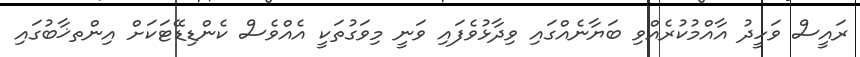
ރައީސް ވަހީދު އާއްމުކުރެއްވި ބަޔާނެއްގައި ވިދާޅުވެފައި ވަނީ މިވަގުތަކީ އެއްވެސް ކެންޑިޑޭޓަކަށް އިންތޚާބުގައި